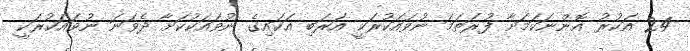
24 އަކުރު އޮންނަކަމަށާ ފުރަތަމަ ނުވައަކުރަކީ އަރަބި އަކައިގެ ނުވައަކުކަށާ ދެވަނަ ނުވައަކުރަކީ